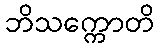
ဘိသက္ကောတိ